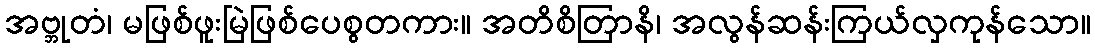
အဗ္ဘုတံ၊ မဖြစ်ဖူးမြဲဖြစ်ပေစွတကား။ အတိစိတြာနိ၊ အလွန်ဆန်းကြယ်လှကုန်သော။